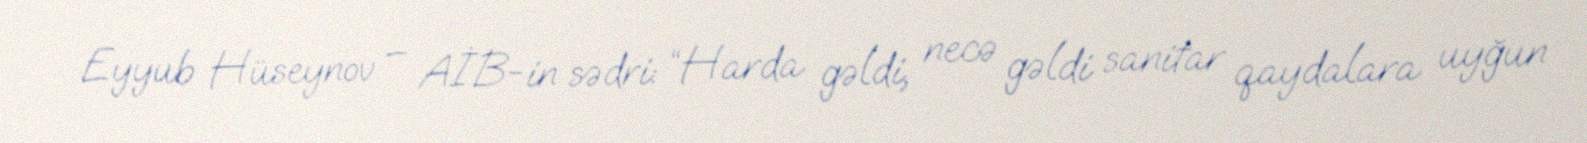
Eyyub Hüseynov – AİB-in sədri: “Harda gəldi, necə gəldi sanitar qaydalara uyğun